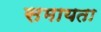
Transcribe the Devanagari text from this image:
समायता